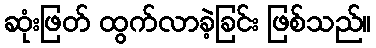
ဆုံးဖြတ် ထွက်လာခဲ့ခြင်း ဖြစ်သည်။